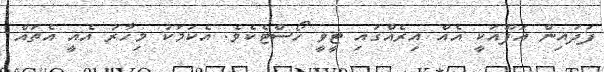
ފަދައިން އަފޫއަކީ އެއް އިރެއްގައި ޓީވީ ހޯސްޓެކެވެ. އެކަމަކު މިހާރު އެއީ އެތައް